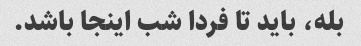
بله، باید تا فردا شب اینجا باشد.